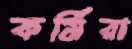
কর্মিরা